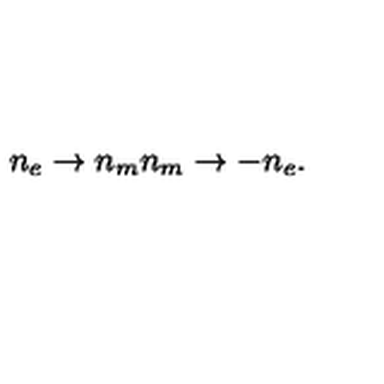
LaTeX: n _ { e } \rightarrow n _ { m } n _ { m } \rightarrow - n _ { e } .